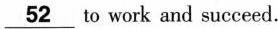
\underline{52} to work and succeed.